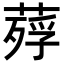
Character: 𦹡